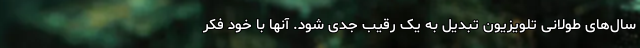
سال‌های طولانی تلویزیون تبدیل به یک رقیب جدی شود. آنها با خود فکر